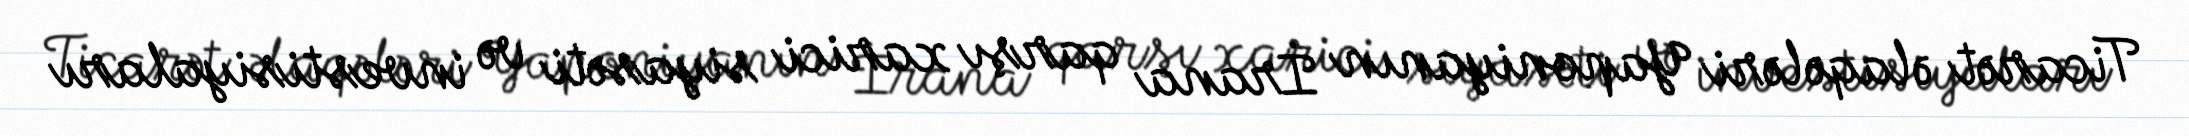
Ticarət əlaqələri Yaponiyanın İrana qarşı xarici siyasəti və investisiyaları